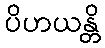
ပိဟယန္တိ